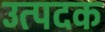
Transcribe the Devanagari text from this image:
उत्पदक